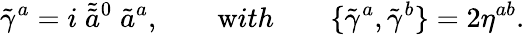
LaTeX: \tilde{\gamma}^{a}=i\; \tilde{\tilde{a}}{}^{0}\; \tilde{a}^{a},\qquad{\mathrm with}\qquad\{ \tilde{\gamma}^{a},\tilde{\gamma}^{b}\} =2\eta^{ab}.